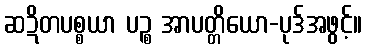
ဆဍိတပစ္စယာ ပဉ္စ အာပတ္တိယော-ပုဒ်အဖွင့်။